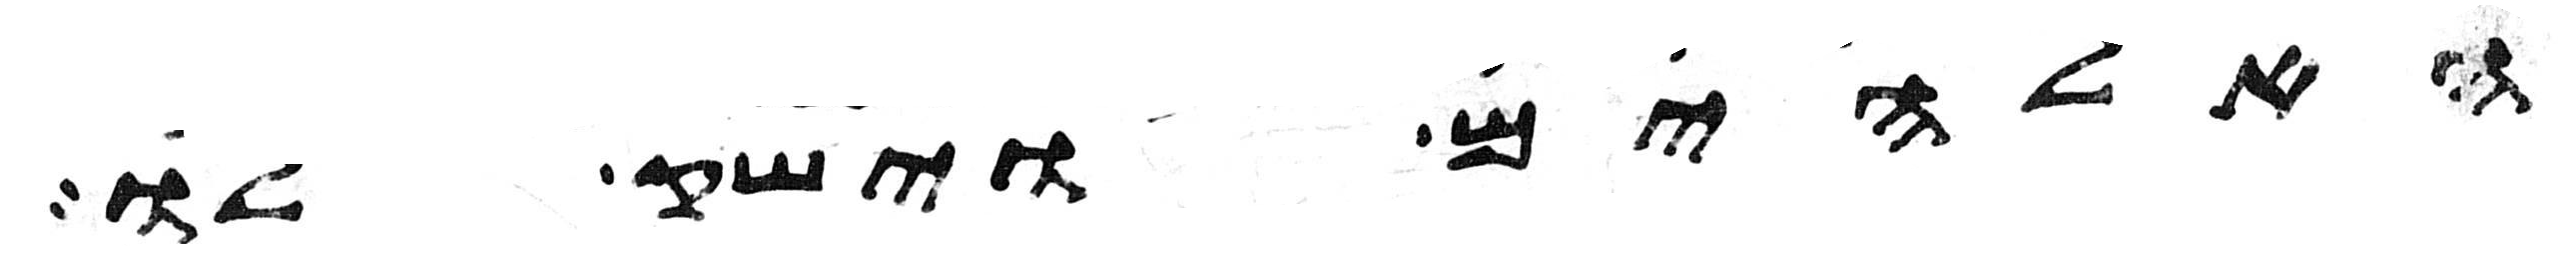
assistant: האלהים וישק לו